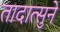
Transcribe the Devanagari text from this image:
तादात्सुने